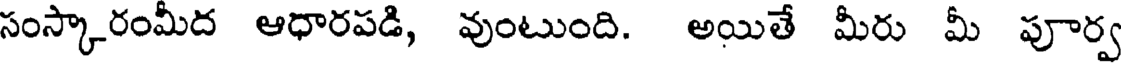
సంస్కారంమీద ఆధారపడి, వుంటుంది. అయితే మీరు మీ పూర్వ